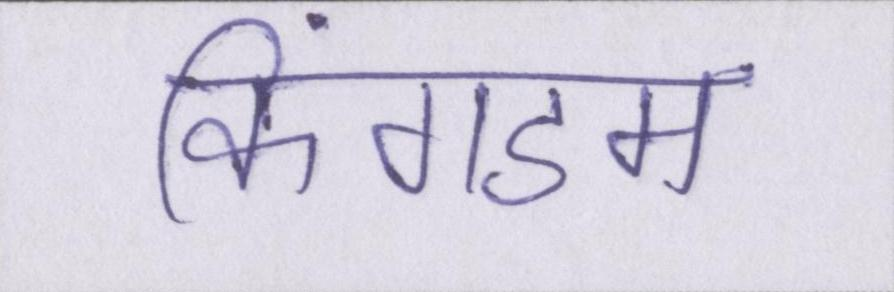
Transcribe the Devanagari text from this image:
किंगडम